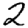
Digit: 2